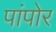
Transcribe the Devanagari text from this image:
पांपोर